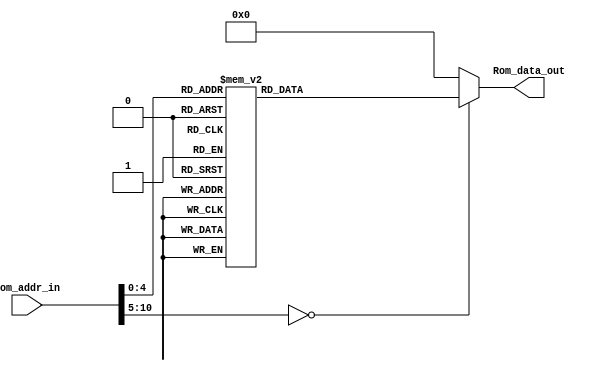
module Program_Rom(Rom_data_out, Rom_addr_in);

//---------
    output [13:0] Rom_data_out;
    input [10:0] Rom_addr_in; 
//---------
    
    reg   [13:0] data;
    wire  [13:0] Rom_data_out;
    
    always @(Rom_addr_in)
        begin
            case (Rom_addr_in)
                10'h0 : data = 14'h01A6;
                10'h1 : data = 14'h3006;
                10'h2 : data = 14'h00A5;
                10'h3 : data = 14'h300A;
                10'h4 : data = 14'h00A4;
                10'h5 : data = 14'h0826;
                10'h6 : data = 14'h008D;
                10'h7 : data = 14'h2014;
                10'h8 : data = 14'h0AA6;
                10'h9 : data = 14'h0BA4;
                10'ha : data = 14'h33FA;
                10'hb : data = 14'h0EA6;
                10'hc : data = 14'h0AA6;
                10'hd : data = 14'h0EA6;
                10'he : data = 14'h0826;
                10'hf : data = 14'h39F0;
                10'h10 : data = 14'h00A6;
                10'h11 : data = 14'h0BA5;
                10'h12 : data = 14'h33F0;
                10'h13 : data = 14'h33EC;
                10'h14 : data = 14'h301E;
                10'h15 : data = 14'h00A0;
                10'h16 : data = 14'h01A1;
                10'h17 : data = 14'h01A2;
                10'h18 : data = 14'h0BA2;
                10'h19 : data = 14'h2818;
                10'h1a : data = 14'h0BA1;
                10'h1b : data = 14'h2817;
                10'h1c : data = 14'h0BA0;
                10'h1d : data = 14'h2817;
                10'h1e : data = 14'h0008;
                default: data = 14'h0;   
            endcase
        end

     assign Rom_data_out = data;

endmodule